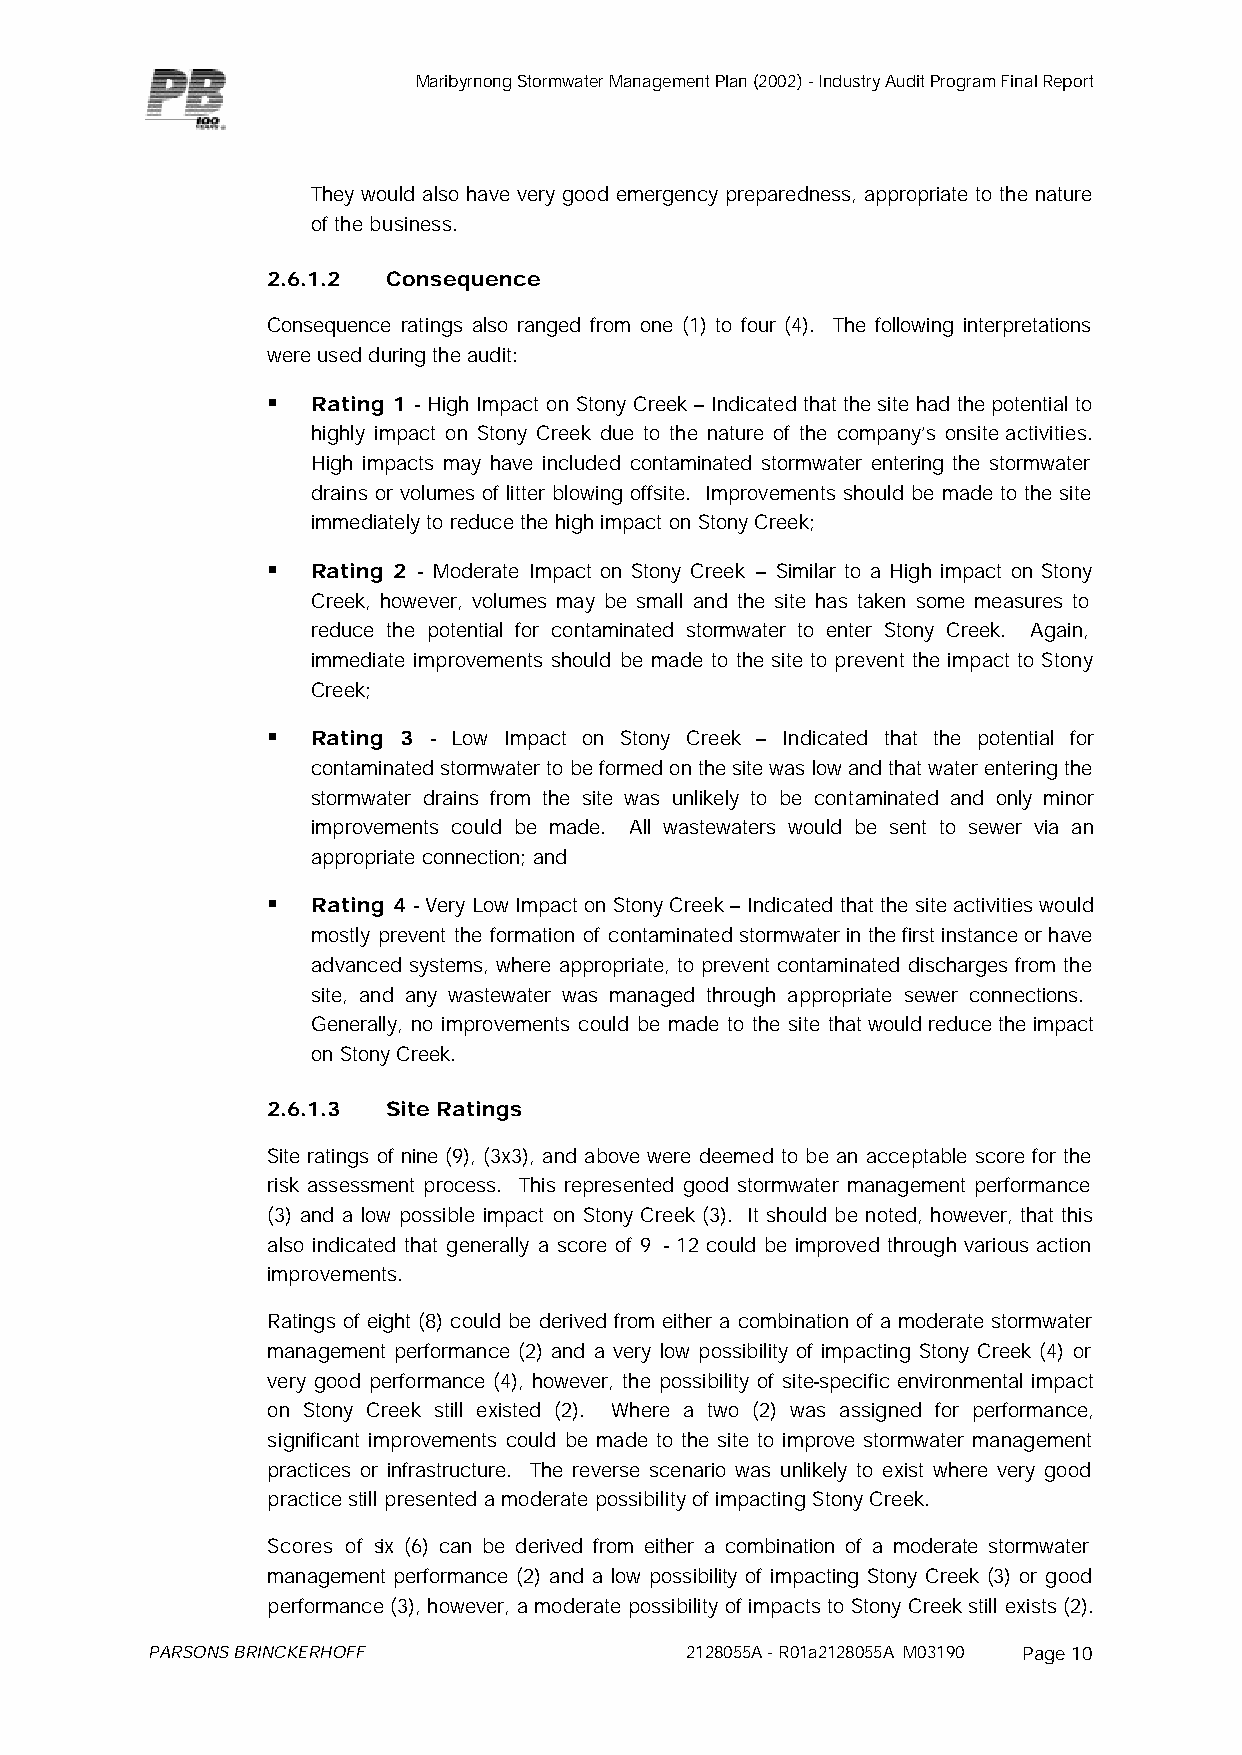
Maribyrnong Stormwater Management Plan (2002) - Industry Audit Program Final Report
 They would also have very good emergency preparedness, appropriate to the nature
 of the business.
 2.6.1.2 Consequence
 Consequence ratings also ranged from one (1) to four (4). The following interpretations
 were used during the audit:
 §  Rating 1 - High Impact on Stony Creek – Indicated that the site had the potential to
 highly impact on Stony Creek due to the nature of the company’s onsite activities.
 High impacts may have included contaminated stormwater entering the stormwater
 drains or volumes of litter blowing offsite. Improvements should be made to the site
 immediately to reduce the high impact on Stony Creek;
 §  Rating 2 - Moderate Impact on Stony Creek – Similar to a High impact on Stony
 Creek, however, volumes may be small and the site has taken some measures to
 reduce the potential for contaminated stormwater to enter Stony Creek. Again,
 immediate improvements should be made to the site to prevent the impact to Stony
 Creek;
 §  Rating 3 - Low Impact on Stony Creek – Indicated that the potential for
 contaminated stormwater to be formed on the site was low and that water entering the
 stormwater drains from the site was unlikely to be contaminated and only minor
 improvements could be made. All wastewaters would be sent to sewer via an
 appropriate connection; and
 §  Rating 4 - Very Low Impact on Stony Creek – Indicated that the site activities would
 mostly prevent the formation of contaminated stormwater in the first instance or have
 advanced systems, where appropriate, to prevent contaminated discharges from the
 site, and any wastewater was managed through appropriate sewer connections.
 Generally, no improvements could be made to the site that would reduce the impact
 on Stony Creek.
 2.6.1.3 Site Ratings
 Site ratings of nine (9), (3x3), and above were deemed to be an acceptable score for the
 risk assessment process. This represented good stormwater management performance
 (3) and a low possible impact on Stony Creek (3). It should be noted, however, that this
 also indicated that generally a score of 9 - 12 could be improved through various action
 improvements.
 Ratings of eight (8) could be derived from either a combination of a moderate stormwater
 management performance (2) and a very low possibility of impacting Stony Creek (4) or
 very good performance (4), however, the possibility of site-specific environmental impact
 on Stony Creek still existed (2). Where a two (2) was assigned for performance,
 significant improvements could be made to the site to improve stormwater management
 practices or infrastructure. The reverse scenario was unlikely to exist where very good
 practice still presented a moderate possibility of impacting Stony Creek.
 Scores of six (6) can be derived from either a combination of a moderate stormwater
 management performance (2) and a low possibility of impacting Stony Creek (3) or good
 performance (3), however, a moderate possibility of impacts to Stony Creek still exists (2).
 PARSONS BRINCKERHOFF               2128055A - R01a2128055A M03190 Page 10